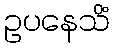
ဥပနေသိံ